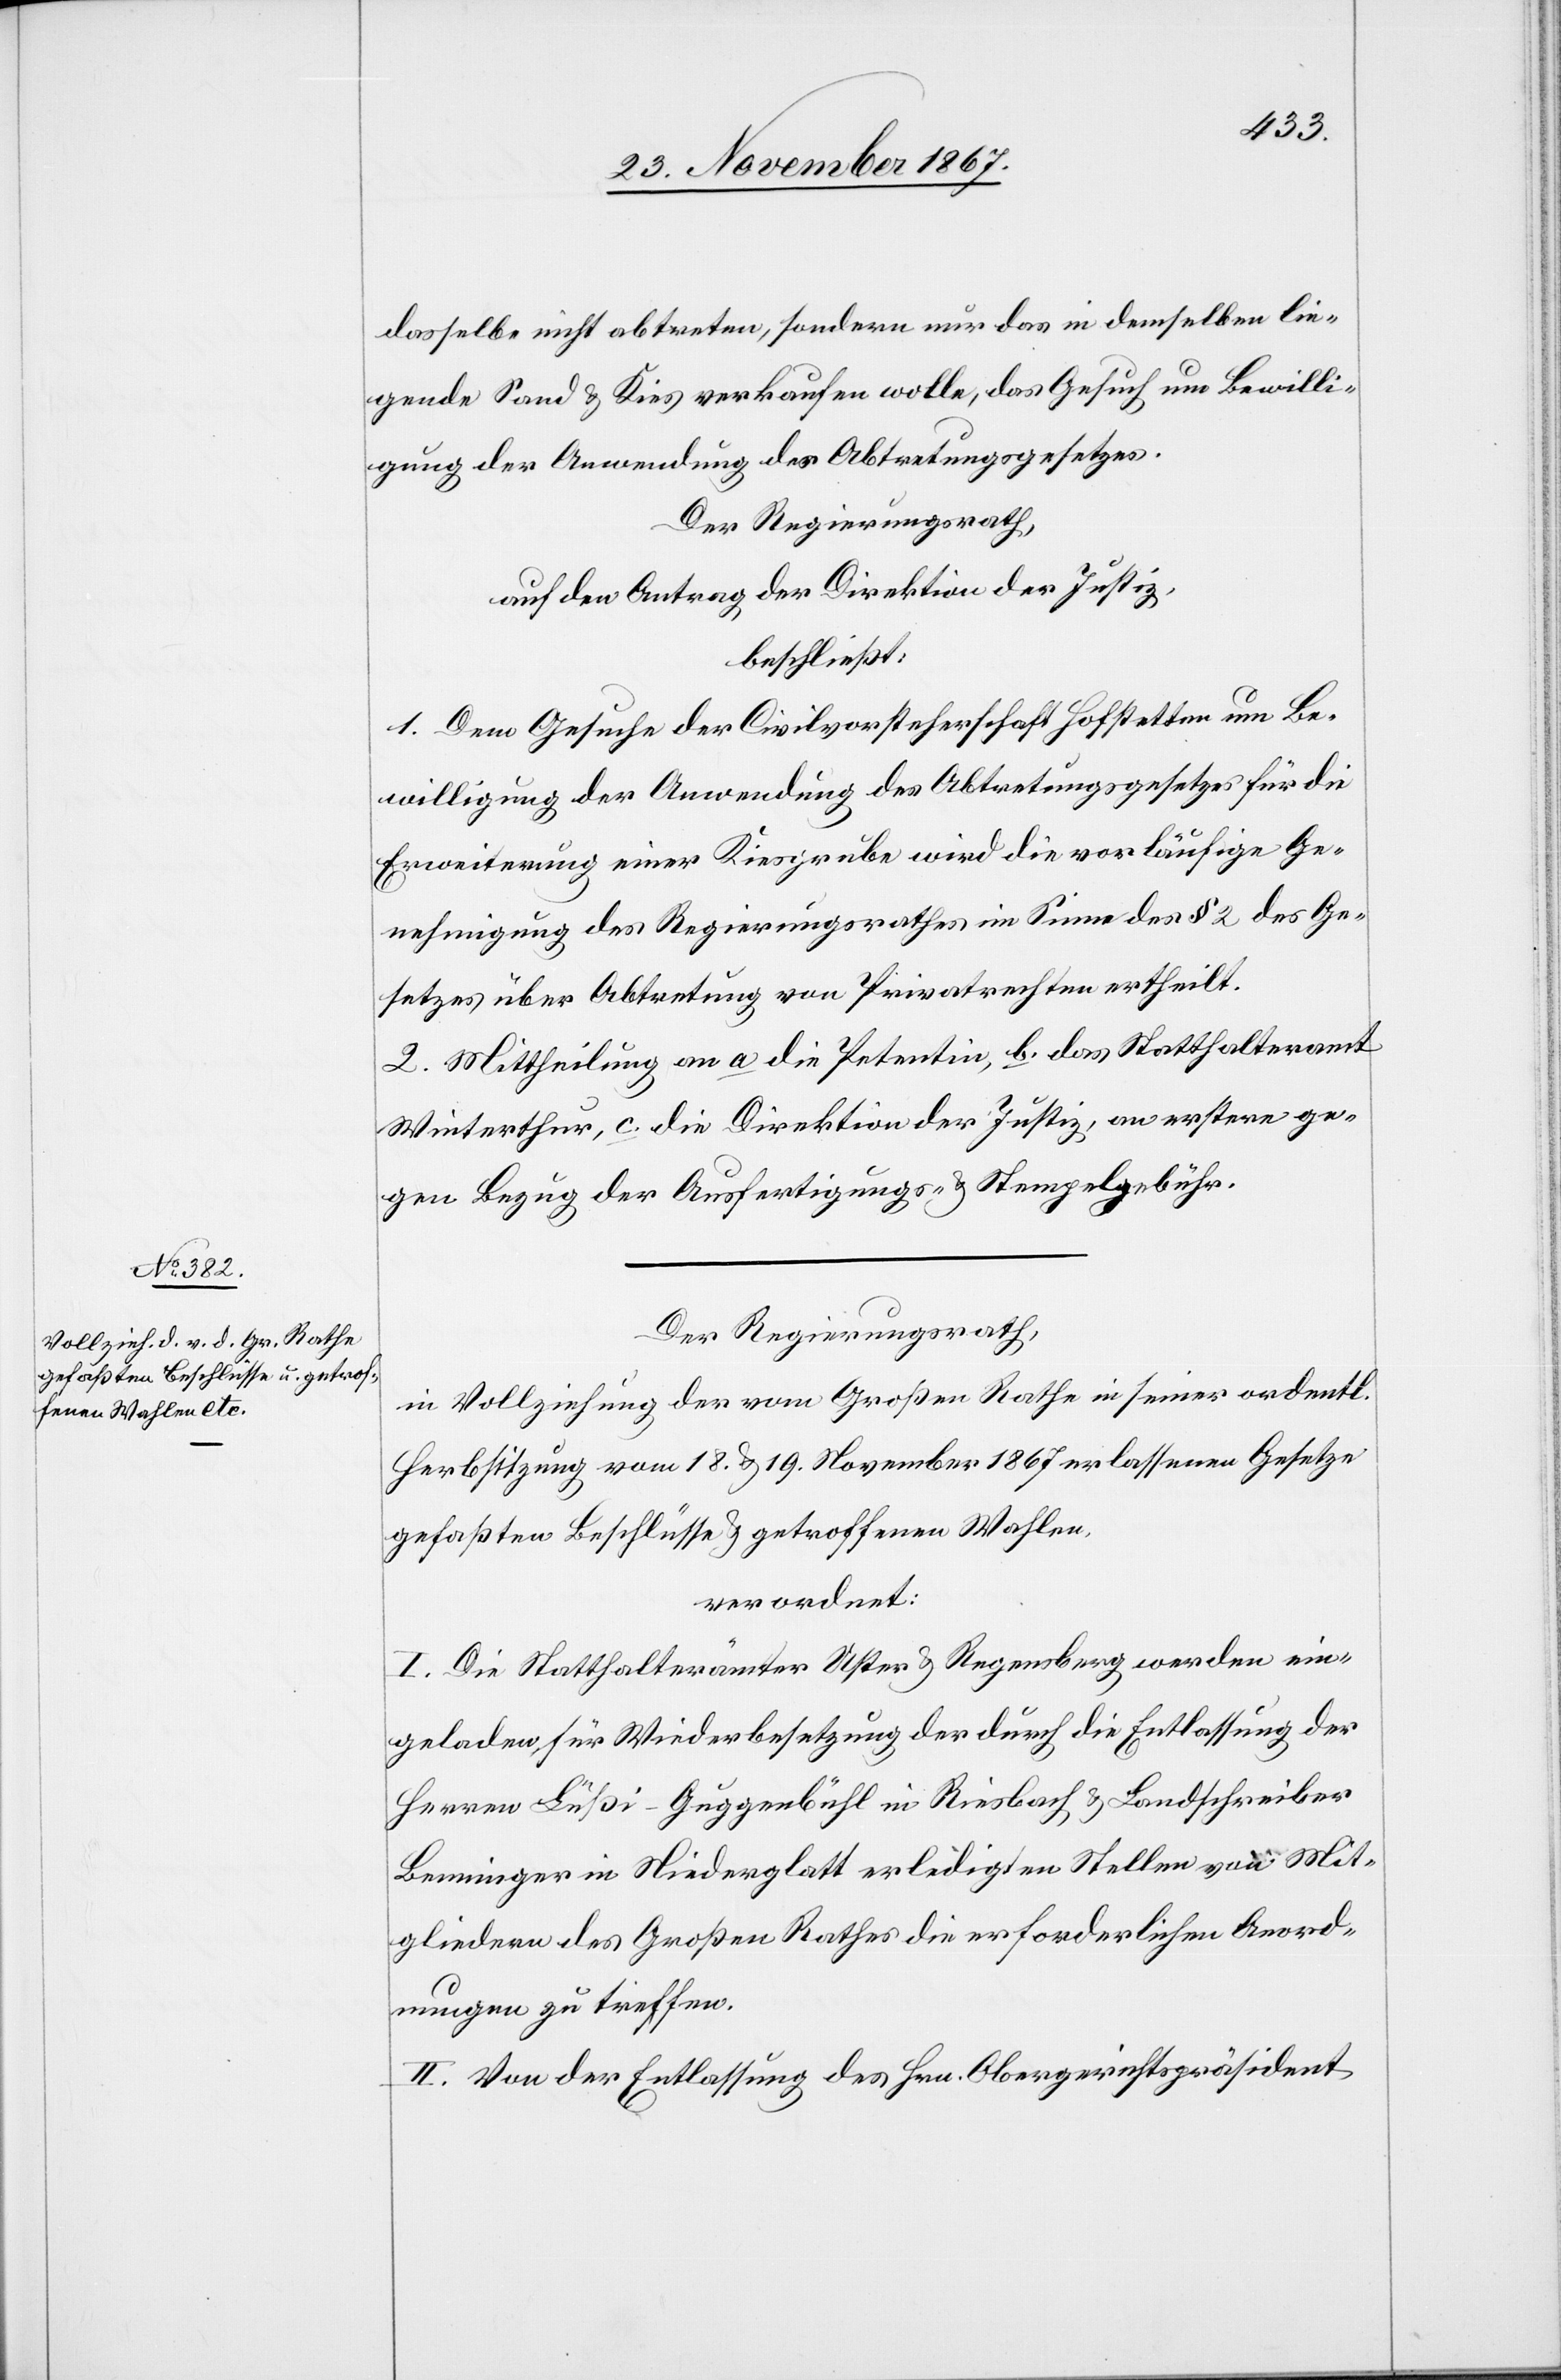
ichen
dasselbe nicht abtreten, sondern nur das in demselben lie¬
gende Sand u. Kies verkaufen wolle, das Gesuch um Bewilli¬
gung der Anwendung des Abtretungsgesetzes.
Der Regierungsrath,
auf den Antrag der Direktion der Justiz,
beschließt:
1. Dem Gesuche der Civilvorsteherschaft Hofstetten um Be¬
willigung der Anwendung des Abtretungsgesetzes für die
Erweiterung einer Kiesgrube wird die vorläufige Ge¬
nehmigung des Regierungsrathes im Sinne des § 2 des Ge¬
setzes über Abtretung von Privatrechten ertheilt.
2. Mittheilung an a. die Petentin, b. das Statthalteramt
Winterthur, c. die Direktion der Justiz, an erstere ge¬
gen Bezug der Ausfertigungs- u. Stempelgebühr.
Der Regierungsrath,
in Vollziehung der vom Großen Rathe in seiner ordentl¬
Herbstsitzung vom 18. u. 19. November 1867 erlassenen Gesetze
gefaßten Beschlüsse u. getroffenen Wahlen,
verordnet:
I. Die Statthalterämter Uster u. Regensberg werden ein¬
geladen für Wiederbesetzung der durch die Entlassung der
Herren Lüßi-Guggenbühl in Riesbach u. Landschreiber
Berninger in Niederglatt erledigten Stellen von Mit¬
gliedern des Großen Rathes die erforderlichen Anord¬
nungen zu treffen.
II. Von der Entlassung des Hrn. Obergerichtspräsident